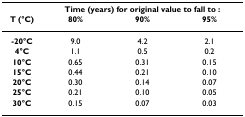
<table><thead><tr><td></td><td colspan="3"><b>Time (years) for original value to fall to :</b></td></tr><tr><td><b>T (°C)</b></td><td><b>80%</b></td><td><b>90%</b></td><td><b>95%</b></td></tr></thead><tbody><tr><td><b>-20°C</b></td><td>9.0</td><td>4.2</td><td>2.1</td></tr><tr><td><b>4°C</b></td><td>1.1</td><td>0.5</td><td>0.2</td></tr><tr><td><b>10°C</b></td><td>0.65</td><td>0.31</td><td>0.15</td></tr><tr><td><b>15°C</b></td><td>0.44</td><td>0.21</td><td>0.10</td></tr><tr><td><b>20°C</b></td><td>0.30</td><td>0.14</td><td>0.07</td></tr><tr><td><b>25°C</b></td><td>0.21</td><td>0.10</td><td>0.05</td></tr><tr><td><b>30°C</b></td><td>0.15</td><td>0.07</td><td>0.03</td></tr></tbody></table>